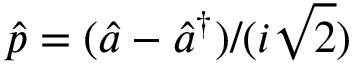
\hat { p } = ( \hat { a } - \hat { a } ^ { \dagger } ) / ( i \sqrt { 2 } )